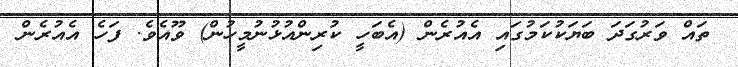
ތައް ވަރުގަދަ ބަޔަކުކަމުގައި އެއުރެން (އެބަހީ ކުރިންއުޅުނުމީހުން) ވޫއެވެ. ފަހެ އެއުރެން